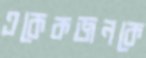
একেকজনকে